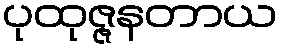
ပုထုဇ္ဇနတာယ